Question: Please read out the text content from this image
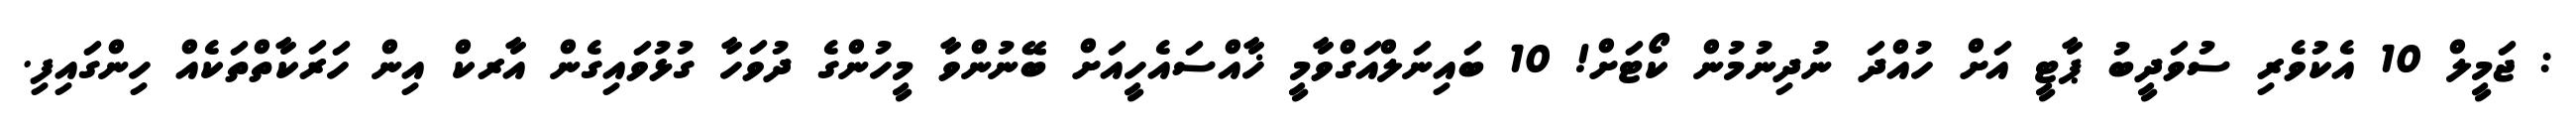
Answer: : ޖަމީލް 10 އެކުވެރި ސުވަދީބު ޕާޓީ އަށް ހުއްދަ ނުދިނުމުން ކޯޓަށް! 10 ބައިނަލްއަގްވާމީ ޚާއްސައެހީއަށް ބޭނުންވާ މީހުންގެ ދުވަހާ ގުޅުވައިގެން އާރކް އިން ހަރަކާތްތަކެއް ހިންގައިފި.